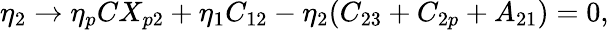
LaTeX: \eta_{2}\rightarrow\eta_{p}CX_{p2}+\eta_{1}C_{12}-\eta_{2}(C_{23}+C_{2p}+A_{21})=0,